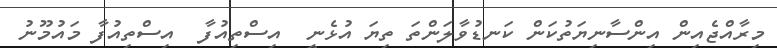
މިރާއްޖެއިން އިންސާނިޔަތުކަން ކަނޑުވާލަންތަ ތިޔަ އުޅެނީ  އިސްތިއުފާ  އިސްތިއުފާ މަައުމޫނު